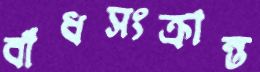
বাঁধসংক্রান্ত